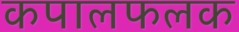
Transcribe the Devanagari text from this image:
कपालफलक